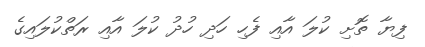
ފިޔާ ތޮށި ކުލަ އާއި ފެހި ހަދި ހުދު ކުލަ އާއި ރަތްކުލައިގެ